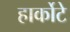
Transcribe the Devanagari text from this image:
हार्कोटे